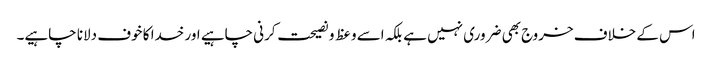
اس کے خلاف خروج بھی ضروری نہیں ہے بلکہ اسے وعظ و نصیحت کرنی چاہیے اور خدا کا خوف دلانا چاہیے۔